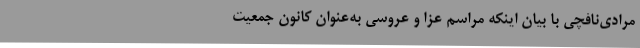
مرادی‌نافچی‌ با بیان اینکه مراسم عزا و عروسی به‌عنوان کانون جمعیت